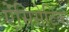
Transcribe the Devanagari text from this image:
ऐंसिसेटिक